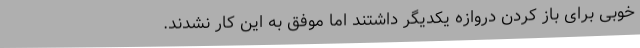
خوبی برای باز کردن دروازه یکدیگر داشتند اما موفق به این کار نشدند.